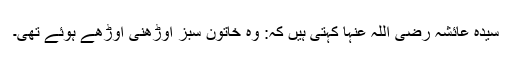
سیدہ عائشہ رضی اللہ عنہا کہتی ہیں کہ: وہ خاتون سبز اوڑھنی اوڑھے ہوئے تھی۔